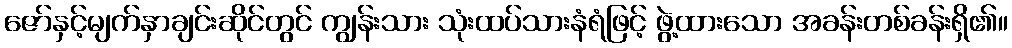
ဇော်နှင့်မျက်နှာချင်းဆိုင်တွင် ကျွန်းသား သုံးထပ်သားနံရံဖြင့် ဖွဲ့ထားသော အခန်းတစ်ခန်းရှိ၏။